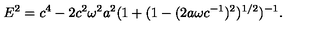
E ^ { 2 } = c ^ { 4 } - 2 c ^ { 2 } \omega ^ { 2 } a ^ { 2 } ( 1 + ( 1 - ( 2 a \omega c ^ { - 1 } ) ^ { 2 } ) ^ { 1 / 2 } ) ^ { - 1 } .